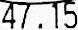
47.15